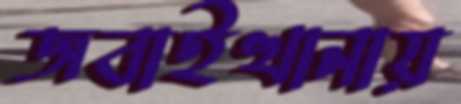
জবাইখানায়